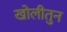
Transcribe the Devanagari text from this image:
खोलीतुन